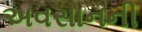
અવસાનની